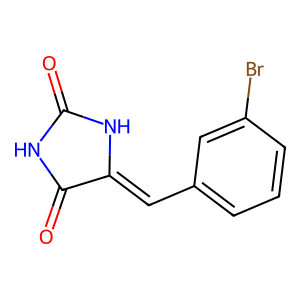
SMILES: O=C1NC(=O)C(=Cc2cccc(Br)c2)N1
Inhibits HIV replication: No